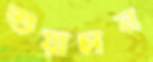
শুয়াচান